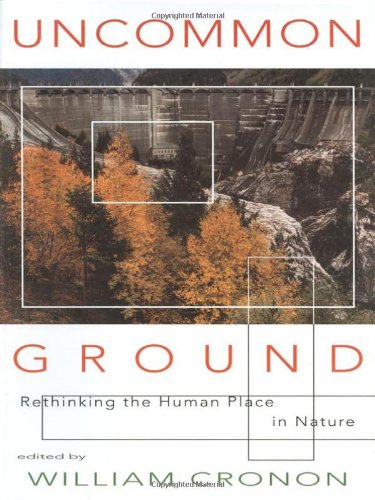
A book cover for Uncommon Ground: Rethinking the Human Place in Nature; Law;